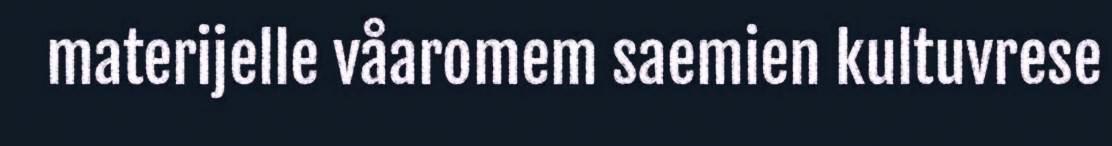
materijelle våaromem saemien kultuvrese